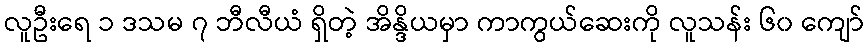
လူဦးရေ ၁ ဒသမ ၇ ဘီလီယံ ရှိတဲ့ အိန္ဒိယမှာ ကာကွယ်ဆေးကို လူသန်း ၆၀ ကျော်